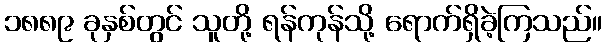
၁၈၈၉ ခုနှစ်တွင် သူတို့ ရန်ကုန်သို့ ရောက်ရှိခဲ့ကြသည်။